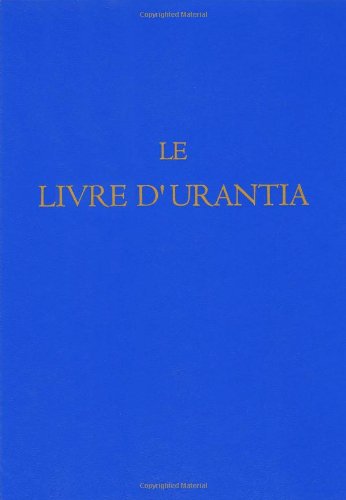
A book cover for Le Livre d'Urantia (French Edition); Urantia Foundation; Religion & Spirituality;